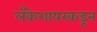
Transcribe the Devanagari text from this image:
लँकेशायरकडून